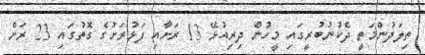
ތިލަދުންމަތީ ދެކުނުބުރީގައި މީހުން ދިރިއުޅޭ 13 ރަށާއި ފަޅުރަށުގެ ގޮތުގައި 23 ރަށް